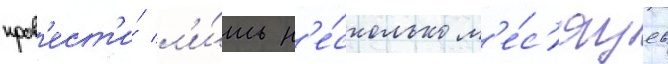
пров'ест'и́ л'и́шь н'е́сколько м'е́с'яцев